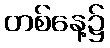
တစ်နေ့၌